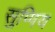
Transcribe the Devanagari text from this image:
सुप्पिय